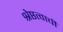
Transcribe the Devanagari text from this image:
श्रेष्ठत्वाची